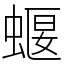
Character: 蝘